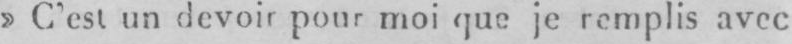
» C’est un devoir pour moi que je remplis avec